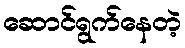
ဆောင်ရွက်နေတဲ့